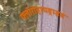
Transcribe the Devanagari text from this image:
फ्लोरोहायड्राइड